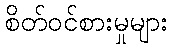
စိတ်ဝင်စားမှုများ